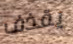
يقذف